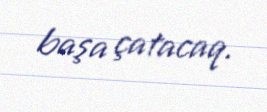
başa çatacaq.